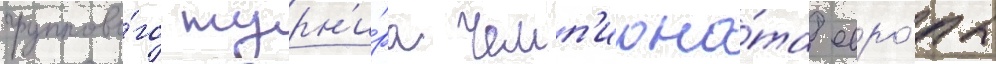
группово́го турн'и́ра чемп'иона́та евро́пы